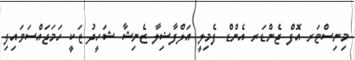
މިނިސްޓަރ އޮފް ޖެންޑަރ އެންޑް ފެމިލީ އަލްފާޟިލާ ޒެނިޝާ ޝަހީދު ޒަކީ ހަމަޖައްސަވައިފި